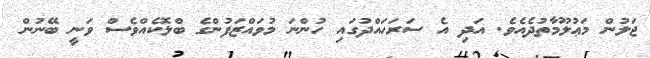
ޖަލުން މަޢުލޫމާތުދެއެވެ. އަދި އެ ސަރަހައްދުގައި ހުންނަ މުވައްޒަފުންގެ ބްލޮކެއްވެސް ވަނީ ބޭނުން